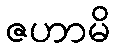
ဇဟာမိ